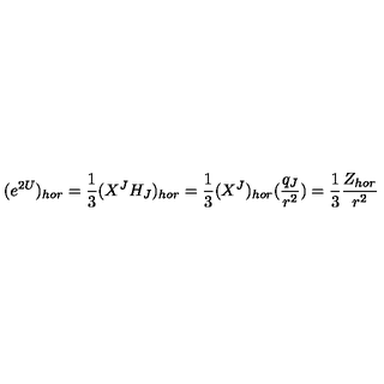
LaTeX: ( e ^ { 2 U } ) _ { h o r } = { \frac { 1 } { 3 } } ( X ^ { J } H _ { J } ) _ { h o r } = { \frac { 1 } { 3 } } ( X ^ { J } ) _ { h o r } ( { \frac { q _ { J } } { r ^ { 2 } } } ) = { \frac { 1 } { 3 } } { \frac { Z _ { h o r } } { r ^ { 2 } } }